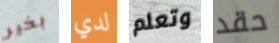
بخير لدي وتعلم حقد